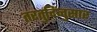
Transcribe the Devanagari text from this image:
तरतुदिंनुसार